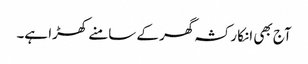
آج بھی انکا رکشہ گھر کے سامنے کھڑا ہے۔